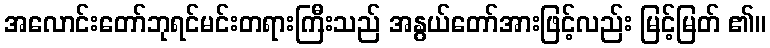
အလောင်းတော်ဘုရင်မင်းတရားကြီးသည် အနွယ်တော်အားဖြင့်လည်း မြင့်မြတ် ၏။